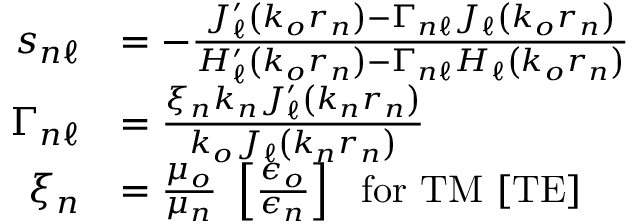
\begin{array} { r l } { s _ { n \ell } } & { = - \frac { J _ { \ell } ^ { \prime } \left( k _ { o } r _ { n } \right) - \Gamma _ { n \ell } J _ { \ell } \left( k _ { o } r _ { n } \right) } { H _ { \ell } ^ { \prime } \left( k _ { o } r _ { n } \right) - \Gamma _ { n \ell } H _ { \ell } \left( k _ { o } r _ { n } \right) } } \\ { \Gamma _ { n \ell } } & { = \frac { \xi _ { n } k _ { n } J _ { \ell } ^ { \prime } \left( k _ { n } r _ { n } \right) } { k _ { o } J _ { \ell } \left( k _ { n } r _ { n } \right) } } \\ { \xi _ { n } } & { = \frac { \mu _ { o } } { \mu _ { n } } ~ \left[ \frac { \epsilon _ { o } } { \epsilon _ { n } } \right] ~ \mathrm { ~ f o r ~ } \mathrm { T M } ~ [ \mathrm { T E } ] } \end{array}